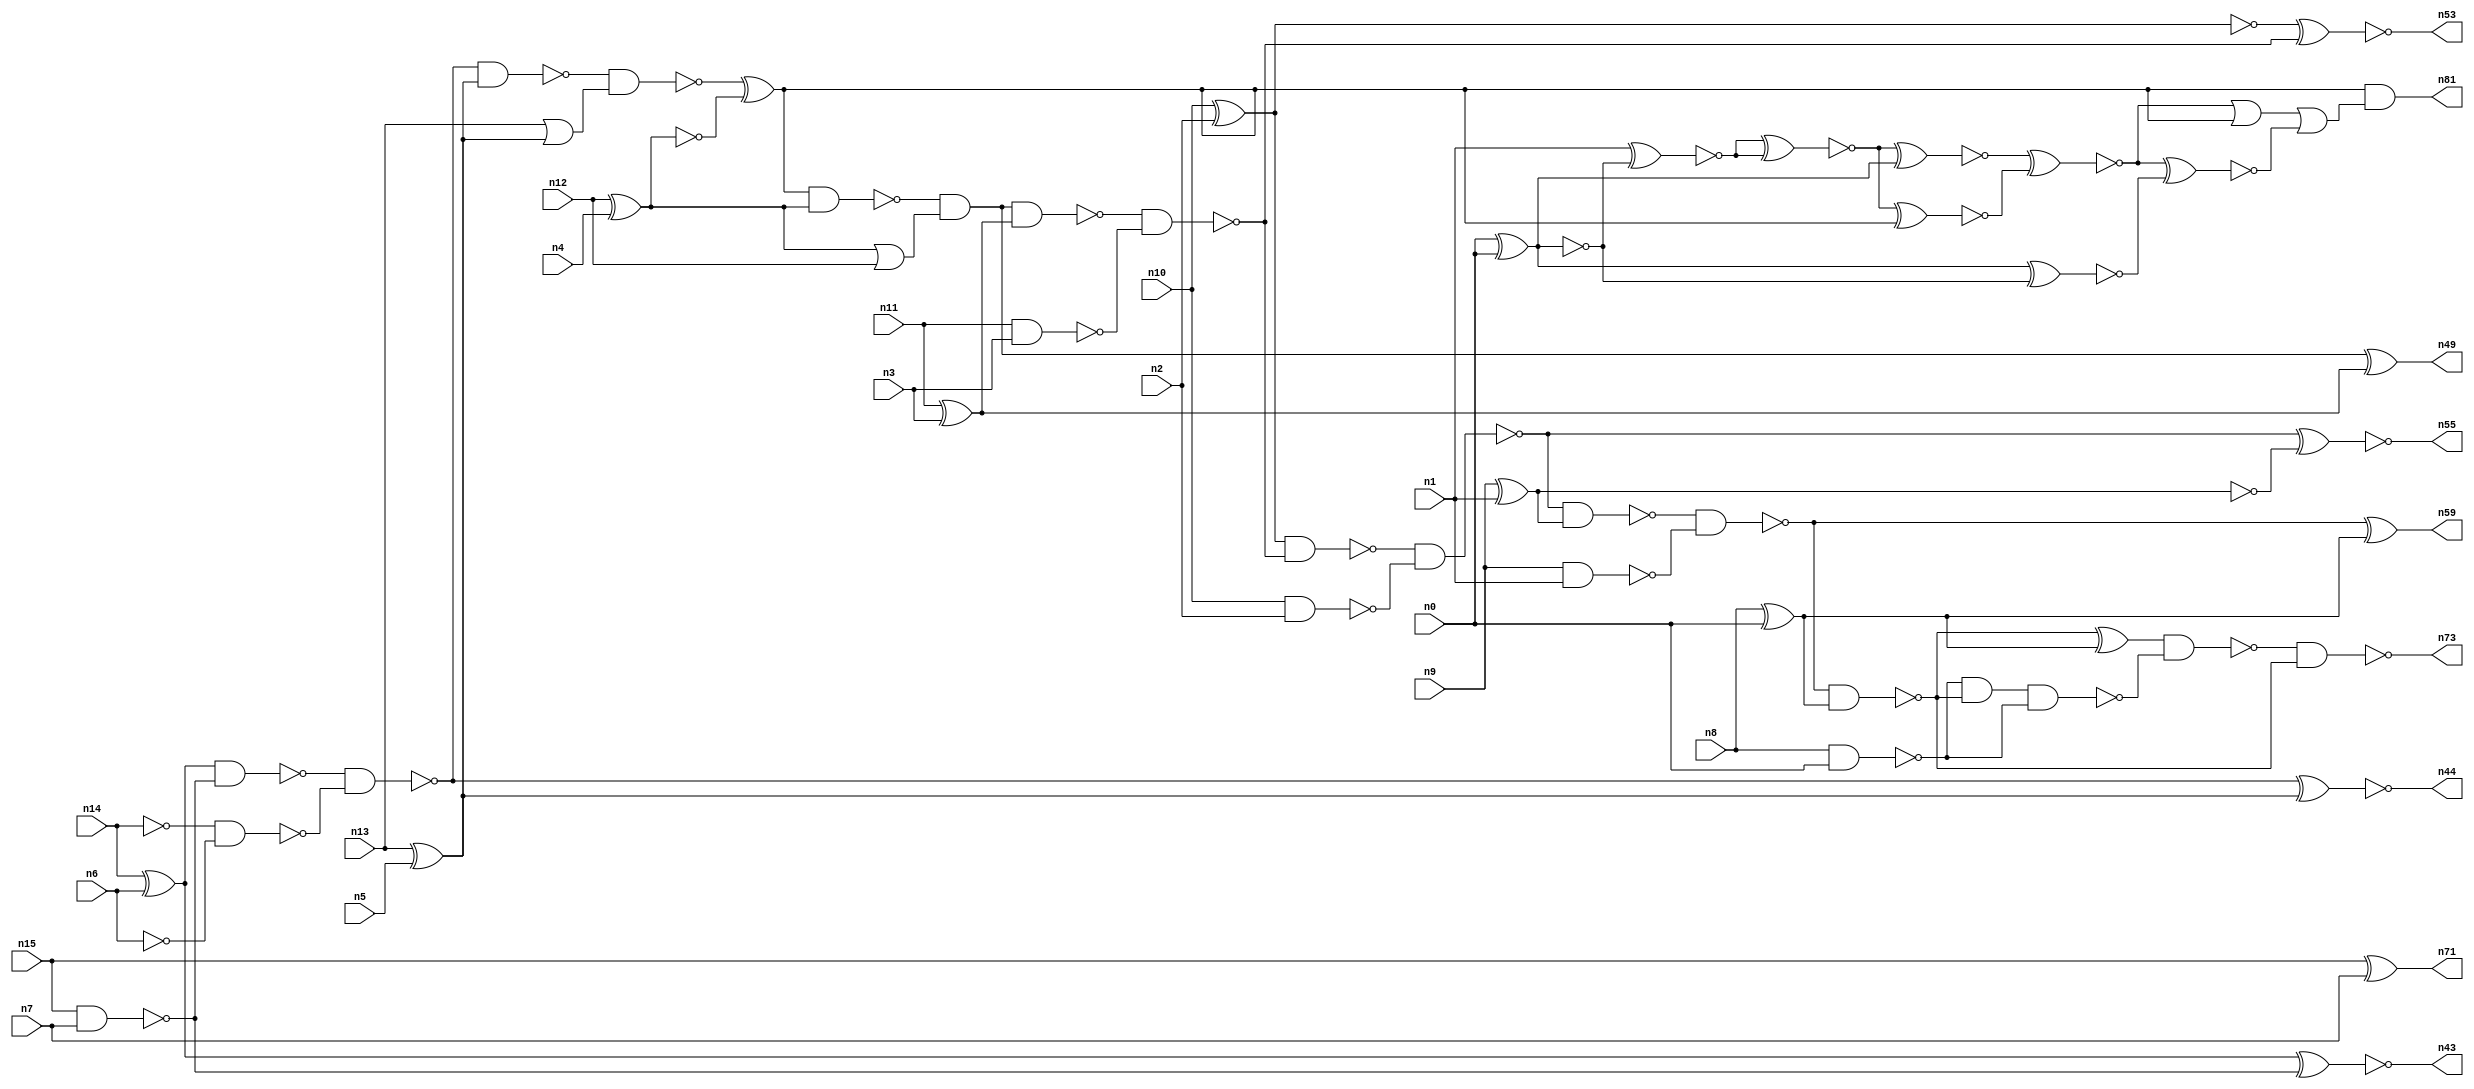
// This program was cloned from: https://github.com/umar-afzaal/ReCkt
// License: MIT License

// This file contains a pareto-optimal circuit with respect to pdp and the fault-resilince parameter p_fault which is defined as:
// "For all input vectors, the ratio of the no. of faults observable at the POs to the no. of total possible faults in the circuit".
// This code is part of the ReCkt library (https://github.com/umar-afzaal/ReCkt) distributed under The MIT License.
// When used, please cite the following article(s):
// U. Afzaal, A.S. Hassan, M. Usman and J.A. Lee, "On the Evolutionary Synthesis of Increased Fault-resilience Arithmetic Circuits".

// p_fault = 68.8 %    (Lower is better)
// gates = 63.0
// levels = 19
// area = 86.87    (For MCNC library relative to nand2)
// power = 399.9 uW    (Berkely-SIS for MCNC library @ Vdd=5V and 20 MHz clock)
// delay = 22.6 ns    (Berkely-ABC for MCNC library)
// PDP = 9.03774e-12 J

// Pin mapping:
// {n0, n1, n2, n3, n4, n5, n6, n7} = A[7:0]
// {n8, n9, n10, n11, n12, n13, n14, n15} = B[7:0]
// {n73, n59, n55, n53, n49, n81, n44, n43, n71} = O[8:0]

module addr8u_pdp_15 (
n0, n1, n2, n3, n4, n5, n6, n7, n8, n9, n10, n11, n12, n13, n14, n15, 
n73, n59, n55, n53, n49, n81, n44, n43, n71
);

input n0, n1, n2, n3, n4, n5, n6, n7, n8, n9, n10, n11, n12, n13, n14, n15;
output n73, n59, n55, n53, n49, n81, n44, n43, n71;
wire n30, n24, n52, n61, n46, n63, n68, n69, n75, n18, n74, n60, n17, n65, n42, n51, n45, n78, n36, n47, 
n20, n37, n56, n23, n16, n40, n48, n62, n66, n21, n25, n41, n54, n67, n27, n33, n28, n58, n22, n38, 
n39, n57, n31, n70, n19, n34, n32, n76, n26, n50, n29, n64, n72, n35;

xor (n16, n14, n6);
nand (n17, n10, n2);
nand (n18, n15, n7);
xor (n19, n13, n5);
nand (n20, n9, n1);
xor (n21, n8, n0);
nand (n22, n14, n14);
xor (n23, n11, n3);
xnor (n24, n15, n7);
xor (n25, n10, n2);
or (n26, n13, n19);
xor (n27, n12, n4);
nand (n28, n8, n0);
nand (n29, n11, n3);
nand (n30, n6, n6);
xnor (n31, n9, n1);
or (n32, n27, n12);
nand (n33, n27, n27);
nand (n34, n16, n18);
and (n35, n19, n19);
nand (n36, n22, n30);
nand (n37, n25, n25);
nand (n38, n31, n31);
nand (n39, n38, n38);
and (n40, n16, n16);
nand (n41, n34, n36);
nand (n42, n41, n19);
xnor (n43, n40, n18);
xnor (n44, n41, n35);
nand (n45, n42, n26);
xor (n46, n45, n33);
nand (n47, n46, n27);
and (n48, n47, n32);
xor (n49, n48, n23);
nand (n50, n48, n23);
nand (n51, n50, n29);
nand (n52, n25, n51);
xnor (n53, n37, n51);
nand (n54, n52, n17);
xnor (n55, n54, n39);
nand (n56, n54, n38);
nand (n57, n56, n20);
nand (n58, n57, n21);
xor (n59, n57, n21);
and (n60, n28, n58);
xor (n61, n0, n0);
xnor (n62, n0, n0);
xnor (n63, n1, n62);
nand (n64, n60, n28);
xnor (n65, n63, n63);
xor (n66, n58, n21);
xnor (n67, n65, n61);
xnor (n68, n61, n62);
xnor (n69, n65, n46);
nand (n70, n66, n64);
nand (n71, n24, n24);
xnor (n72, n67, n69);
nand (n73, n70, n58);
xnor (n74, n69, n67);
or (n75, n72, n46);
xnor (n76, n74, n68);
or (n78, n75, n76);
and (n81, n46, n78);

endmodule